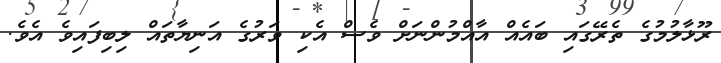
ރޫޅާލުމުގެ ތެރޭގައި ބައެއް އާއްމުންނަށް ވެސް އެކި ވަރުގެ އަނިޔާތައް ލިބިފައިވެ އެވެ.